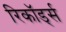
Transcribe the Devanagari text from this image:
रिकॉड्‌र्स